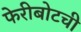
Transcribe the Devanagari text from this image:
फेरीबोटची